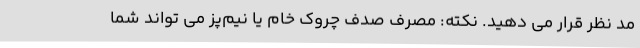
مد نظر قرار می دهید. نکته: مصرف صدف چروک خام یا نیم‌پز می تواند شما